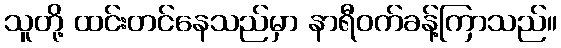
သူတို့ ထင်းတင်နေသည်မှာ နာရီဝက်ခန့်ကြာသည်။